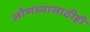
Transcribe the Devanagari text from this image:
लोणच्यासाठीही